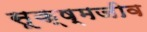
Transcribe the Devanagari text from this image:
सूक्ष्‍मजीव